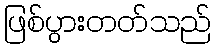
ဖြစ်ပွားတတ်သည်